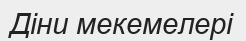
Діни мекемелері